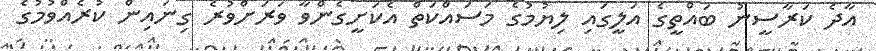
އާދެ ކަރާސީނު ބައްތީގެ އަލީގައި ލިޔުމުގެ މަސައްކަތް އެކަށީގެންވާ ވަރަށްވުރެ ގިނައިން ކުރެއްވުމުގެ